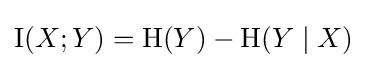
\operatorname {I} (X;Y)=\mathrm {H} (Y)-\mathrm {H} (Y\mid X)